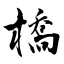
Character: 橋